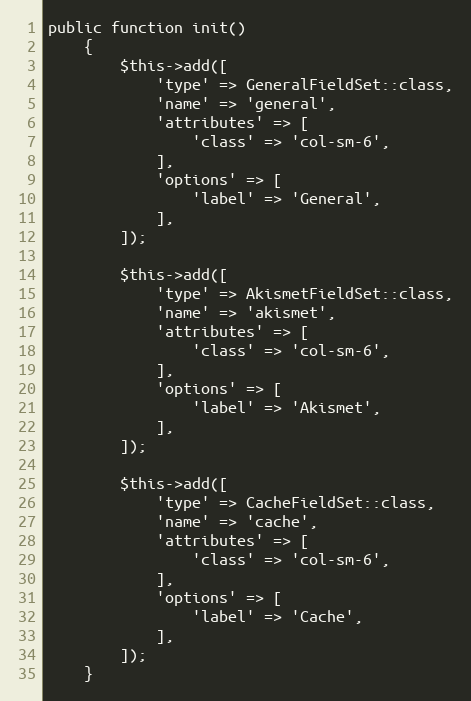
Language: PHP
public function init()
    {
        $this->add([
            'type' => GeneralFieldSet::class,
            'name' => 'general',
            'attributes' => [
                'class' => 'col-sm-6',
            ],
            'options' => [
                'label' => 'General',
            ],
        ]);

        $this->add([
            'type' => AkismetFieldSet::class,
            'name' => 'akismet',
            'attributes' => [
                'class' => 'col-sm-6',
            ],
            'options' => [
                'label' => 'Akismet',
            ],
        ]);

        $this->add([
            'type' => CacheFieldSet::class,
            'name' => 'cache',
            'attributes' => [
                'class' => 'col-sm-6',
            ],
            'options' => [
                'label' => 'Cache',
            ],
        ]);
    }